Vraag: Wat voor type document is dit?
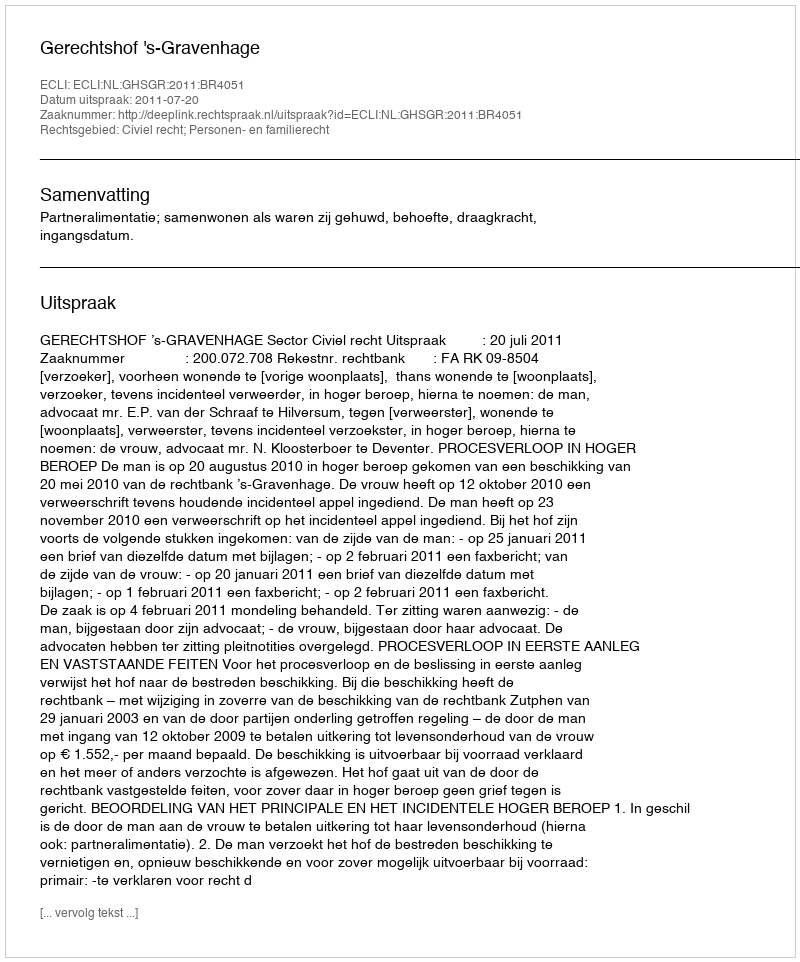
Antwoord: Uitspraak